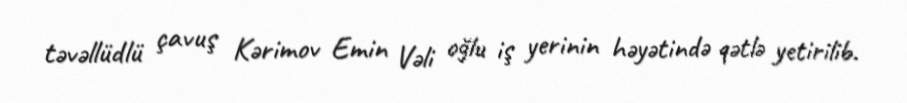
təvəllüdlü çavuş Kərimov Emin Vəli oğlu iş yerinin həyətində qətlə yetirilib.